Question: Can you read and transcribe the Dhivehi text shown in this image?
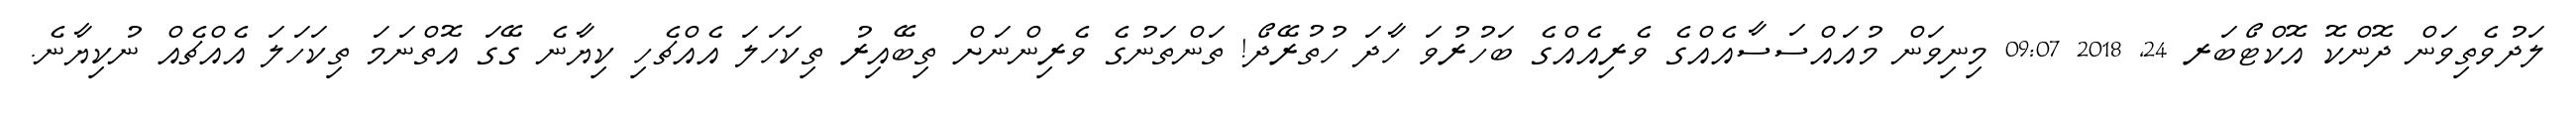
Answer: ލަދުވެތިވަން ދޮންކޮ އޮކްޓޯބަރ 24, 2018 09:07 މިނިވަން މުއައްސަސާއެއްގެ ވެރިއެއްގެ ބަހުރުވަ ހާދަ ހުތުރޭދޯ! ތަންތަނުގެ ވެރިންނަށް ތިބޭއިރު ތިކަހަލަ އެއްޗެހި ކިޔާނެ ގޭގަ އޮތްނަމަ ތިކަހަލަ އެއްޗެއް ނުކިޔާނެ.